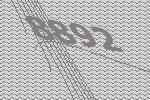
8892